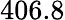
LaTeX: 406.8